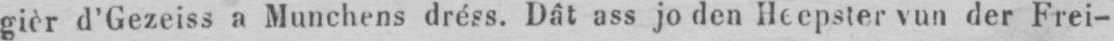
gièr d’Gezeiss a Munchens dréss. Dât ass jo den Heepster vun der Frei-